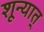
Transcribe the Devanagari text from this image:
शून्यात्